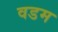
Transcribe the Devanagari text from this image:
वडम